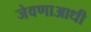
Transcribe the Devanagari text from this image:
जेवणाआधी